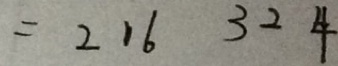
= 2 1 6 3 2 4